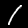
Digit: 1